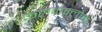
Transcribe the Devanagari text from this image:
फलकक्लोम